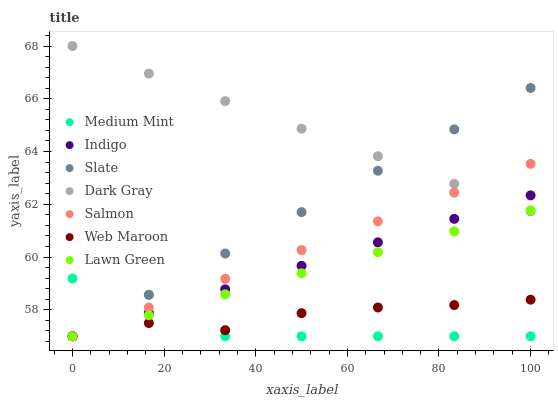
| xaxis_label | Medium Mint | Indigo | Slate | Dark Gray | Salmon | Web Maroon | Lawn Green |
 | --- | --- | --- | --- | --- | --- | --- | --- |
 | 0 | 59.2 | 57 | 57 | 68 | 57 | 57 | 57 |
 | 16.7 | 58.6 | 57.9 | 58.6 | 67 | 58.1 | 57.5 | 57.8 |
 | 33.3 | 57 | 58.8 | 60.1 | 65.9 | 59.2 | 57.2 | 58.6 |
 | 50 | 57 | 59.7 | 61.7 | 64.9 | 60.3 | 57.9 | 59.4 |
 | 66.7 | 57 | 60.6 | 63.3 | 63.8 | 61.4 | 58.1 | 60.2 |
 | 83.3 | 57 | 61.4 | 64.8 | 62.8 | 62.4 | 58.2 | 61 |
 | 100 | 57 | 62.3 | 66.4 | 61.7 | 63.5 | 58.4 | 61.8 |